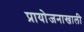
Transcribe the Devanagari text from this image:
प्रायोजनाखाली